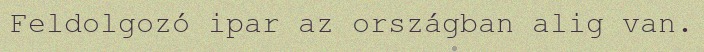
Feldolgozó ipar az országban alig van.